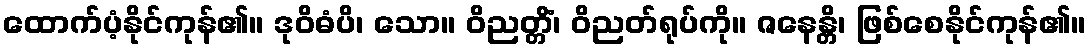
ထောက်ပံ့နိုင်ကုန်၏။ ဒုဝိဓံပိ၊ သော။ ဝိညတ္တိံ၊ ဝိညတ်ရုပ်ကို။ ဇနေန္တိ၊ ဖြစ်စေနိုင်ကုန်၏။